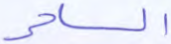
الساحر